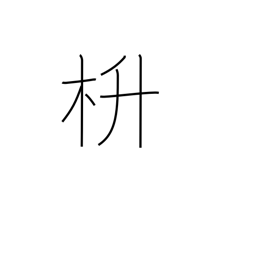
Meaning: (kokuji)